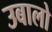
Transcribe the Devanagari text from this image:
उबालो